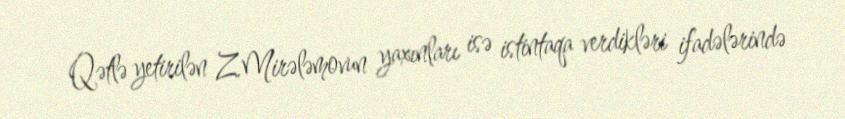
Qətlə yetirilən Z.Mirələmovun yaxınları isə istintaqa verdikləri ifadələrində